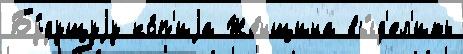
Бу́дущуjу ко́п'иjа Же́нщина вы́д'ел'ить